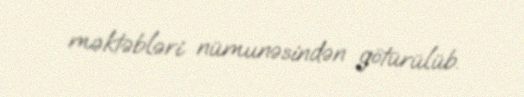
məktəbləri nümunəsindən götürülüb.